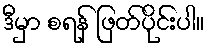
ဒီမှာ စရန် ဖြတ်ပိုင်းပါ။